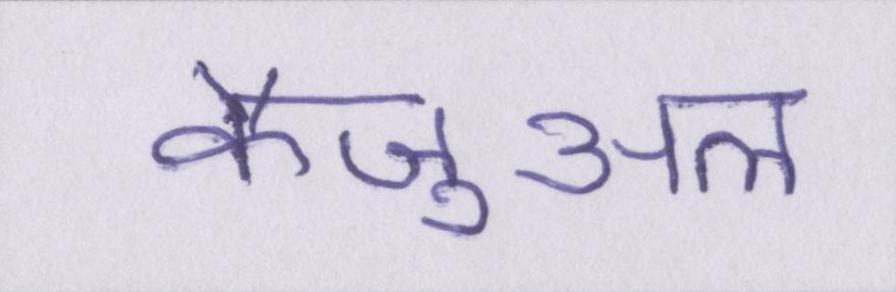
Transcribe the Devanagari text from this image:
कैज़ुअल